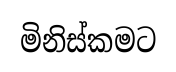
මිනිස්කමට